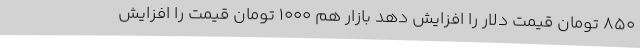
850 تومان قیمت دلار را افزایش دهد بازار هم 1000 تومان قیمت را افزایش